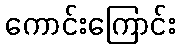
ကောင်းကြောင်း